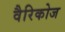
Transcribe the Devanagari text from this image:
वैरिकोज